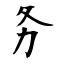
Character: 务